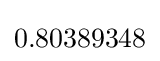
0.80389348